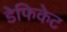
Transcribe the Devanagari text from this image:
डेफिकेट